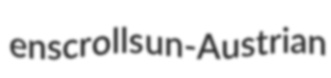
enscrolls un-Austrian